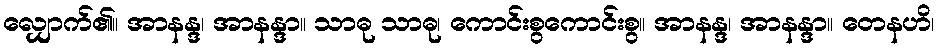
လျှောက်၏။ အာနန္ဒ၊ အာနန္ဒာ။ သာဓု သာဓု၊ ကောင်းစွကောင်းစွ။ အာနန္ဒ၊ အာနန္ဒာ။ တေနဟိ၊